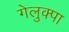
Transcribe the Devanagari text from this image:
गेलुक्पा